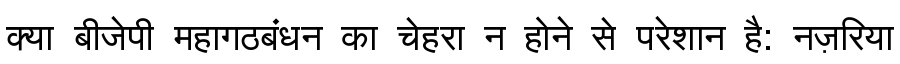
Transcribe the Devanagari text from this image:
क्या बीजेपी महागठबंधन का चेहरा न होने से परेशान है: नज़रिया